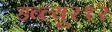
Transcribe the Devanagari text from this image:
डब्ल्यू२१२